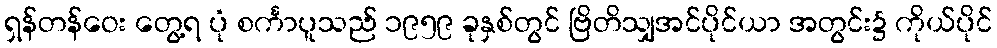
ရှန်တန်ဝေး တွေ့ရ ပုံ စင်္ကာပူသည် ၁၉၅၉ ခုနှစ်တွင် ဗြိတိသျှအင်ပိုင်ယာ အတွင်း၌ ကိုယ်ပိုင်